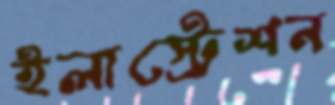
ইলাস্ট্রেশন